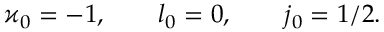
\varkappa _ { 0 } = - 1 , \qquad l _ { 0 } = 0 , \qquad j _ { 0 } = 1 / 2 .